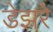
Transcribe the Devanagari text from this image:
डेझरे